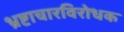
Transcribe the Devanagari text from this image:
भ्रष्टाचारविरोधक